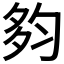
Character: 𡖒